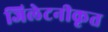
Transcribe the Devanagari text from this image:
जिलेटनीकृत